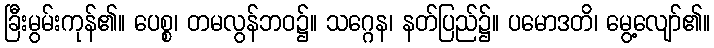
ခြီးမွမ်းကုန်၏။ ပေစ္စ၊ တမလွန်ဘဝ၌။ သဂ္ဂေန၊ နတ်ပြည်၌။ ပမောဒတိ၊ မွေ့လျော်၏။